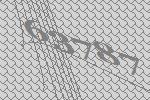
63787